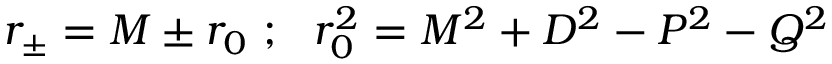
r _ { \pm } = M \pm r _ { 0 } \ ; \ \ r _ { 0 } ^ { 2 } = M ^ { 2 } + D ^ { 2 } - P ^ { 2 } - Q ^ { 2 }